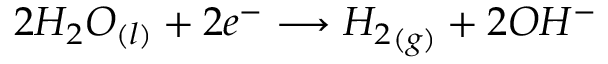
2 { H _ { 2 } } O _ { ( l ) } + 2 e ^ { - } \longrightarrow { H _ { 2 } } _ { ( g ) } + 2 O H { ^ { - } }